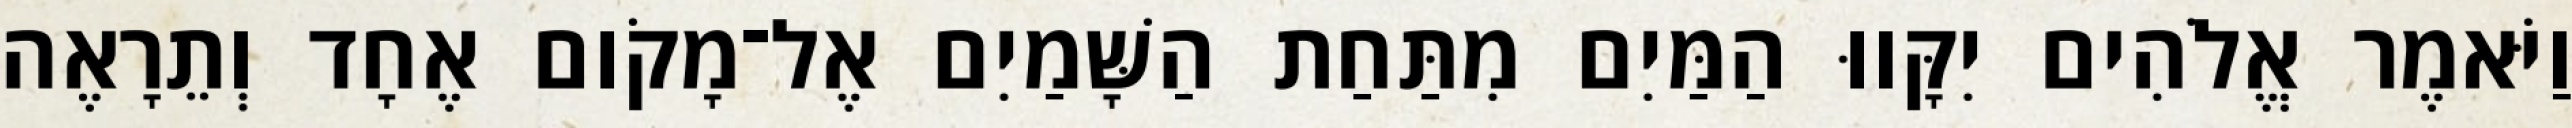
וַיֹּאמֶר אֱלֹהִים יִקָּווּ הַמַּיִם מִתַּחַת הַשָּׁמַיִם אֶל־מָקֹום אֶחָד וְתֵרָאֶה